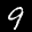
Label: 9